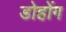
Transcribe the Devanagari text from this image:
डोहोंग